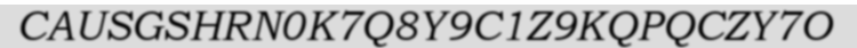
CAUSGSHRN0K7Q8Y9C1Z9KQPQCZY7O